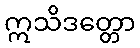
ဣသိဒတ္တော